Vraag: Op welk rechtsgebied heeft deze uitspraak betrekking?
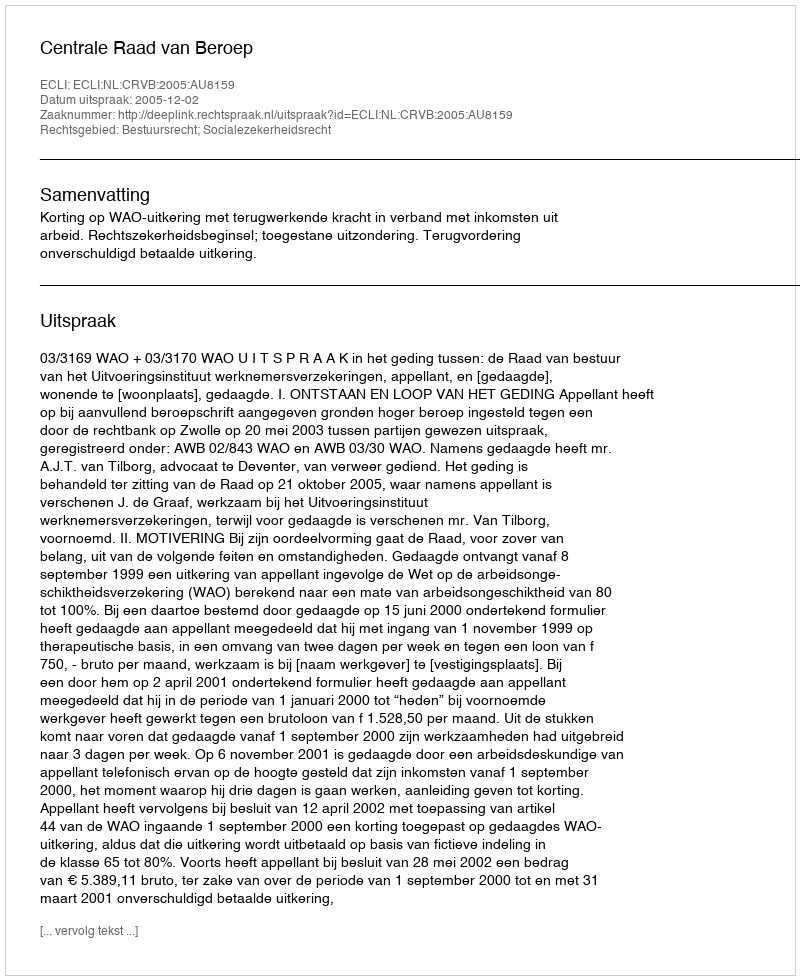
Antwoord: Bestuursrecht; Socialezekerheidsrecht